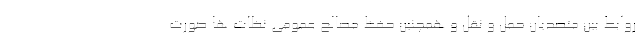
روابط بین متصدیان حمل و نقل و همچنین حفظ مصالح عمومی نظات ها صورت